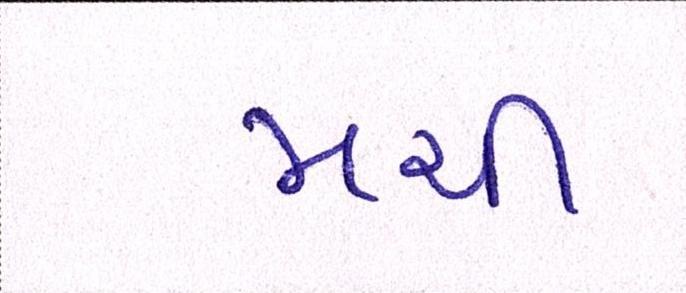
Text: મચી